Scottish Leaving Certificate Examination, 1959
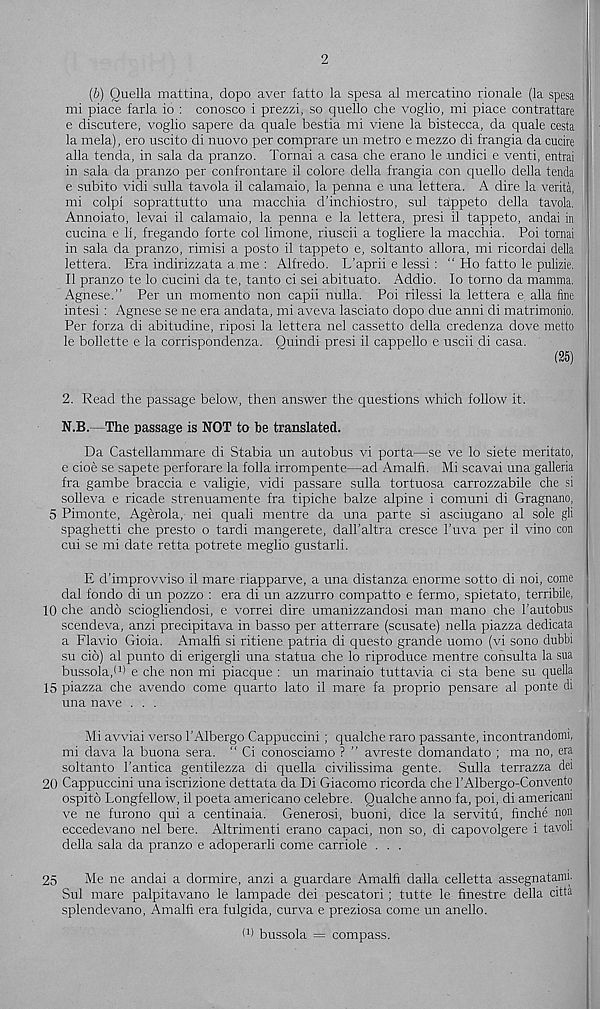
2
(b) Quella mattina, dopo aver fatto la spesa al mercatino rionale (la spesa
mi piace farla io : conosco i prezzi, so quello che voglio, mi piace contrattare
e discutere, voglio sapere da quale bestia mi viene la bistecca, da quale cesta
la mela), ero uscito di nuovo per comprare un metro e mezzo di frangia da cucire
alia tenda, in sala da pranzo. Tornai a casa che erano le undici e venti, entrai
in sala da pranzo per confrontare il colore della frangia con quello della tenda
e subito vidi sulla tavola il calamaio, la penna e una lettera. A dire la verita,
mi colpi soprattutto una macchia d’inchiostro, sul tatppeto della tavola.
Annoiato, levai il calamaio, la penna e la lettera, presi il tappeto, andai in
cucina e 11, fregando forte col limone, riuscii a togliere la macchia. Poi tornai
in sala da pranzo, rimisi a posto il tappeto e, soltanto allora, mi ricordai della
lettera. Era indirizzata a.me : Alfredo. L'aprii e lessi: “ Ho fatto le pulizie.
Il pranzo te lo cucini da te, tanto ci sei abituato. Addio. lo torno da mamma.
Agnese.” Per un momento non capii nulla. Poi rilessi la lettera e. alia fine
intesi : Agnese se ne era andata, mi aveva lasciato dopo due anni di matrimonio.
Per forza di abitudine, riposi la lettera nel cassetto della credenza dove metto
le bollette e la corrispondenza. Ouindi presi il cappello e uscii di casa.
(25)
2. Read the passage below, then answer the questions which follow it.
N.B.—The passage is NOT to be translated.
Da Castellammare di Stabia un autobus vi porta—se ve lo siete meritato,
e cioe se sapete perforare la folia irrompente—ad Amalfi. Mi scavai una galleria
fra gambe braccia e valigie, vidi passare sulla tortuosa carrozzabile che si
solleva e ricade strenuamente fra tipiche baize alpine i comuni di Gragnano,
5 Pimonte, Agerola, nei quali mentre da una parte si asciugano al sole gli
spaghetti che presto o tardi mangerete, dall’aftra cresce 1’uva per il vino con
cui se mi date retta potrete meglio gustarli.
E d’improvviso il mare riapparve, a una distanza enorme sotto di noi, come
dal fondo di un pozzo : era di un azzurro compatto e fermo, spietato, terribile,
10 che ando sciogliendosi, e vorrei dire umanizzandosi man mano che Fautobus
scendeva, anzi precipitava in basso per atterrare (scusate) nella piazza dedicata
a Flavio Gioia. Amalfi si ritiene patria di questo grande uomo (vi sono dubbi
su cio) al punto di erigergli una statua che lo riproduce mentre consulta la sua
bussola/ 1 ) e che non mi piacque : un marinaio tuttavia ci sta bene su quella
15 piazza che avendo come quarto lato il mare fa proprio pensare al ponte di
una nave . . .
Mi avviai verso FAlbergo Cappuccini ; qualche raro passante, incontrandomi,
mi dava la buona sera. “ Ci conosciamo ? ” avreste domandato ; ma no, era
soltanto Fantica gentilezza di quella civilissima gente. Sulla terrazza del
20 Cappuccini una iscrizione dettata da Di Giacomo ricorda che FAlbergo-Convento
ospito Longfellow, il poeta americano celebre. Qualche anno fa, poi, di americam
ve ne furono qui a centinaia. Generosi, buoni, dice la servitu, finche non
eccedevano nel bere. Altrimenti erano capaci, non so, di capovolgere i tavoli
della sala da pranzo e adoperarli come carriole . . .
25
Me ne andai a dormire, anzi a guardare Amalfi dalla celletta assegnatanu
Sul mare palpitavano le lampade dei pescatori ; tutte le finestre della citta
splendevano, Amalfi era fulgida, curva e preziosa come un anello.
I 1 * bussola = compass.